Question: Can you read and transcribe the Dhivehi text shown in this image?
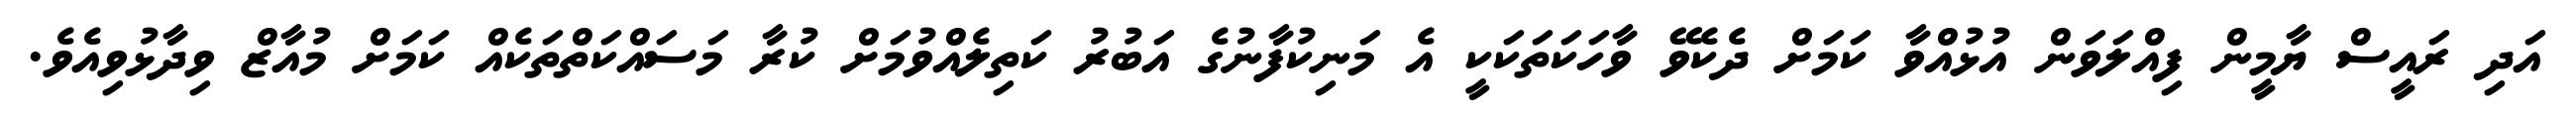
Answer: އަދި ރައީސް ޔާމީން ފިއްލަވަން އުޅުއްވާ ކަމަށް ދެކެވޭ ވާހަކަތަކަކީ އެ މަނިކުފާނުގެ އަބުރު ކަތިލެއްވުމަށް ކުރާ މަސައްކަތްތަކެއް ކަމަށް މުއާޒް ވިދާޅުވިއެވެ.